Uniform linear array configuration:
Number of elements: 12
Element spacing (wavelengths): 1
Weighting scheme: exponential
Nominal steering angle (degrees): -15
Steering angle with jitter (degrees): -16.212
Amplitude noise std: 0.05
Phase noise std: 0.05

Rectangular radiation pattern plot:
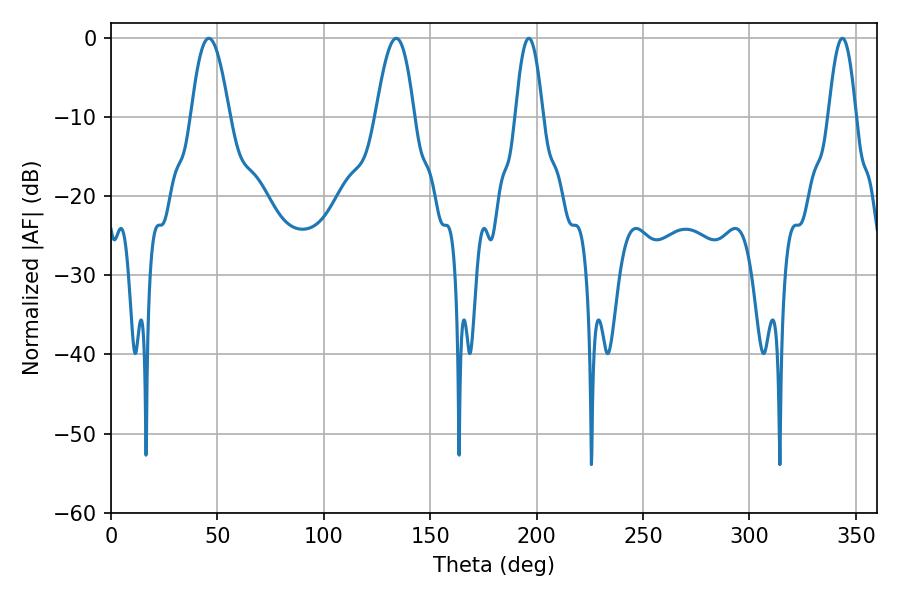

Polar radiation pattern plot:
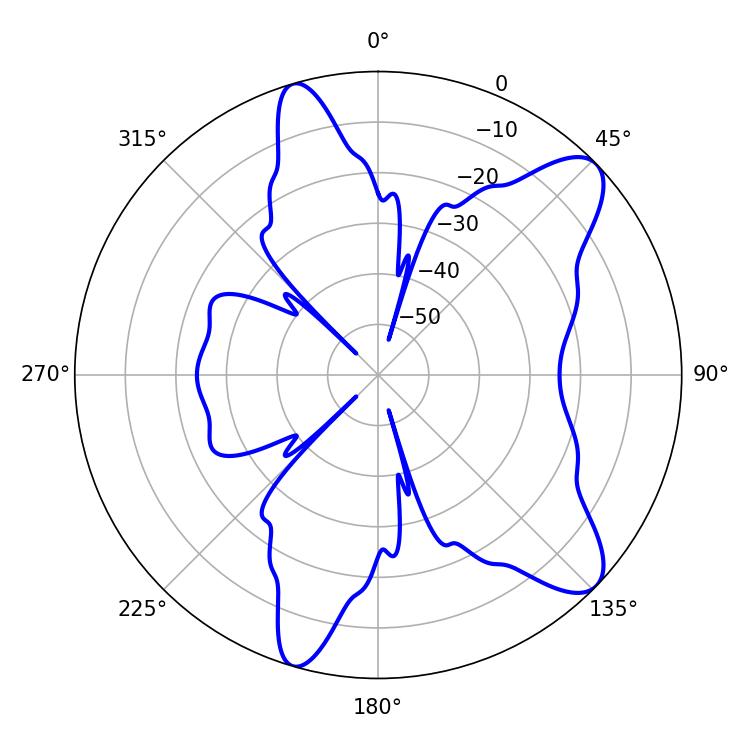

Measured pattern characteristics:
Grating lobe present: TRUE
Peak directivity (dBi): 9.901
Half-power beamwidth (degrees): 9.9
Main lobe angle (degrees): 45.9